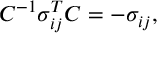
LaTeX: C ^ { - 1 } \sigma _ { i j } ^ { T } C = - \sigma _ { i j } ,